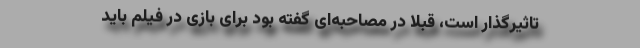
تاثیرگذار است، قبلا در مصاحبه‌ای گفته بود برای بازی در فیلم باید